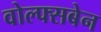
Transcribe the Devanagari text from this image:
वोल्फ्सबेन